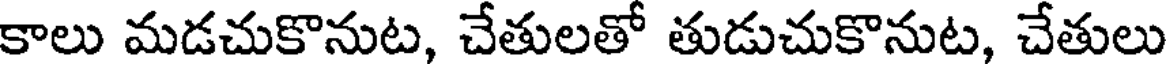
కాలు మడచుకొనుట, చేతులతో తుడుచుకొనుట, చేతులు